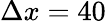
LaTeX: \Delta x=40